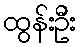
ထွန်းဦး